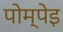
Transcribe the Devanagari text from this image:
पोम्पेइ